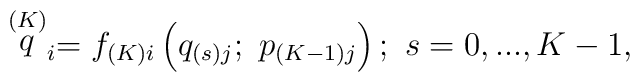
\stackrel{\left( K\right) }{q}_i=f_{\left( K\right) i}\left( q_{\left(s\right) j};\ p_{\left( K-1\right) j}\right) ;\ s=0,...,K-1,